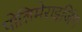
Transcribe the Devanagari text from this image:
पोलिमेराइज़िंग